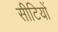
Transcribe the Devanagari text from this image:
सीटियों